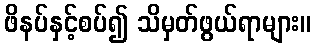
ဖိနပ်နှင့်စပ်၍ သိမှတ်ဖွယ်ရာများ။